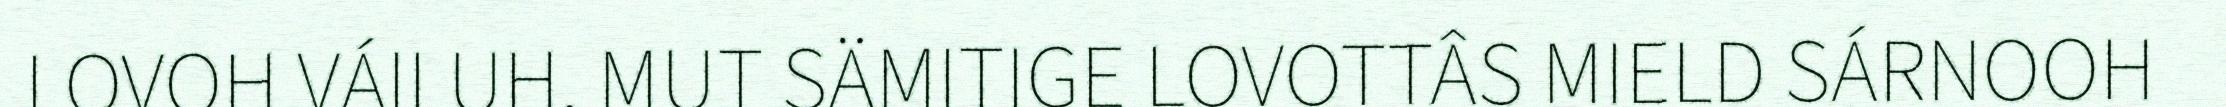
LOVOH VÁILUH, MUT SÄMITIGE LOVOTTÂS MIELD SÁRNOOH